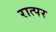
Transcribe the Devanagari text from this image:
रात्पर